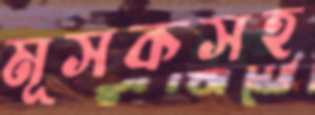
মূসকসহ